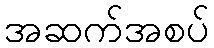
အဆက်အစပ်